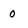
Character: 0